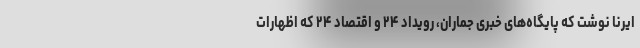
ایرنا نوشت که پایگاه‌های خبری جماران، رویداد ۲۴ و اقتصاد ۲۴ که اظهارات